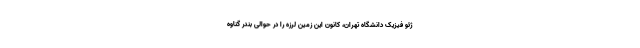
ژئو فیزیک دانشگاه تهران، کانون این زمین لرزه را در حوالی بندر گناوه